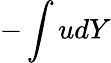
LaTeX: -\int udY